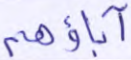
آباؤهم